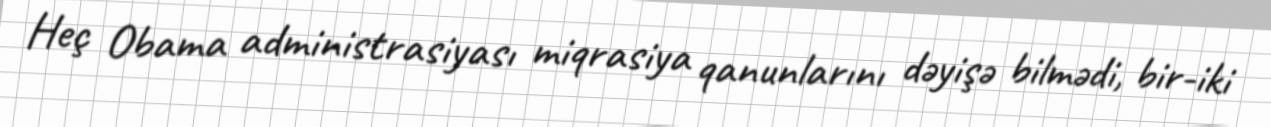
Heç Obama administrasiyası miqrasiya qanunlarını dəyişə bilmədi, bir-iki